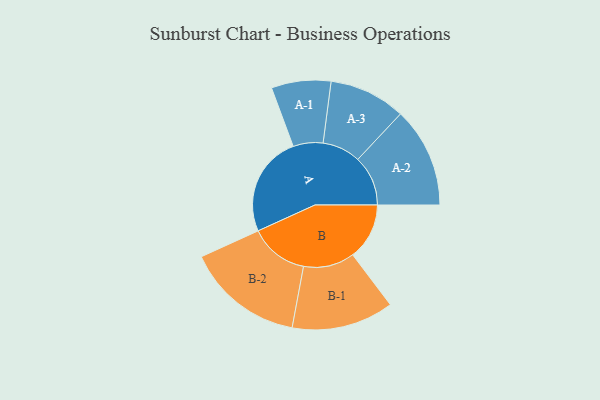
{"axis": {"x": "Segment", "y": "Value"}, "legend": ["", "A", "B"], "data": [{"x": "A", "y": 450, "type": ""}, {"x": "B", "y": 253, "type": ""}, {"x": "A-1", "y": 133, "type": "A"}, {"x": "A-2", "y": 224, "type": "A"}, {"x": "A-3", "y": 171, "type": "A"}, {"x": "B-1", "y": 228, "type": "B"}, {"x": "B-2", "y": 263, "type": "B"}]}